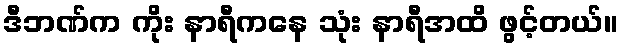
ဒီဘဏ်က ကိုး နာရီကနေ သုံး နာရီအထိ ဖွင့်တယ်။